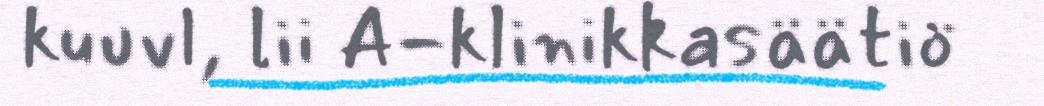
kuuvl, lii A-klinikkasäätiö